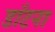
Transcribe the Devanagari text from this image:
डाँटना